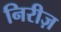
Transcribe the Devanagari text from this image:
निरीज़